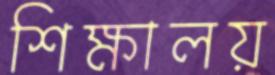
শিক্ষালয়